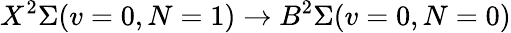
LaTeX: X^{2}\Sigma(v=0,N=1)\rightarrow B^{2}\Sigma(v=0,N=0)